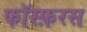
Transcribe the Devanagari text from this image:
फॉस्फ़रस